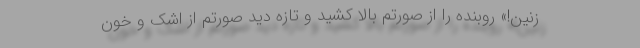
زنین!» روبنده را از صورتم بالا کشید و تازه دید صورتم از اشک و خونِ